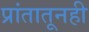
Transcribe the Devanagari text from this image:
प्रांतातूनही